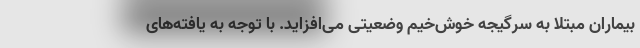
بیماران مبتلا به سرگیجه خوش‌خیم وضعیتی می‌افزاید. با توجه به یافته‌های